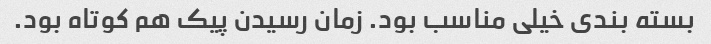
بسته بندی خیلی مناسب بود. زمان رسیدن پیک هم کوتاه بود.